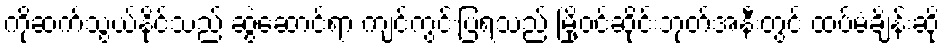
ကိုဆက်သွယ်နိုင်သည် ဆွဲဆောင်ရာ ကျင်ကွင်းပြရသည် မြို့ဝင်ဆိုင်းဘုတ်အနီးတွင် ထပ်မံချိန်းဆို